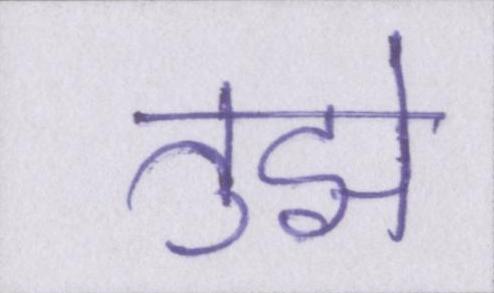
तुझे